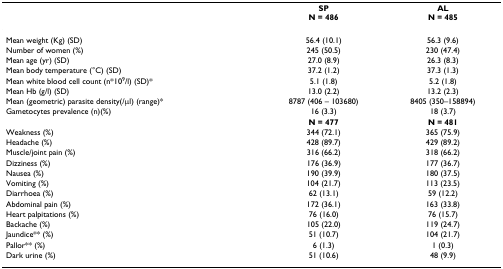
|  | SPN = 486 | ALN = 485 |
 | --- | --- | --- |
 | Mean weight (Kg) (SD) | 56.4 (10.1) | 56.3 (9.6) |
 | Number of women (%) | 245 (50.5) | 230 (47.4) |
 | Mean age (yr) (SD) | 27.0 (8.9) | 26.3 (8.3) |
 | Mean body temperature (°C) (SD) | 37.2 (1.2) | 37.3 (1.3) |
 | Mean white blood cell count (n*109/l) (SD)* | 5.1 (1.8) | 5.2 (1.8) |
 | Mean Hb (g/l) (SD) | 13.0 (2.2) | 13.2 (2.3) |
 | Mean (geometric) parasite density(/μl) (range)* | 8787 (406 – 103680) | 8405 (350–158894) |
 | Gametocytes prevalence (n)(%) | 16 (3.3) | 18 (3.7) |
 |  | N = 477 | N = 481 |
 | Weakness (%) | 344 (72.1) | 365 (75.9) |
 | Headache (%) | 428 (89.7) | 429 (89.2) |
 | Muscle/joint pain (%) | 316 (66.2) | 318 (66.2) |
 | Dizziness (%) | 176 (36.9) | 177 (36.7) |
 | Nausea (%) | 190 (39.9) | 180 (37.5) |
 | Vomiting (%) | 104 (21.7) | 113 (23.5) |
 | Diarrhoea (%) | 62 (13.1) | 59 (12.2) |
 | Abdominal pain (%) | 172 (36.1) | 163 (33.8) |
 | Heart palpitations (%) | 76 (16.0) | 76 (15.7) |
 | Backache (%) | 105 (22.0) | 119 (24.7) |
 | Jaundice** (%) | 51 (10.7) | 104 (21.7) |
 | Pallor** (%) | 6 (1.3) | 1 (0.3) |
 | Dark urine (%) | 51 (10.6) | 48 (9.9) |